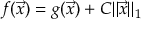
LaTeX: f ( { \vec { x } } ) = g ( { \vec { x } } ) + C \| { \vec { x } } \| _ { 1 }